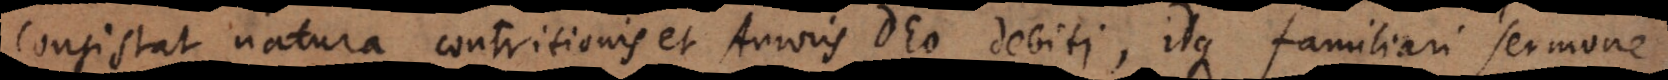
consistat natura contritionis et Amoris Deo debiti, idque familiari sermone